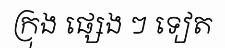
ក្រុង ផ្សេង ៗ ទៀត